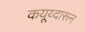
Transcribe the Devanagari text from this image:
कयूय्दारून